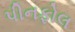
પીનફોલ